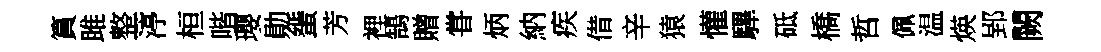
篔雎整渟桓喈瓔勛蜑芳裡鵠贈甞炳納疾借辛猿懽驆砥橋哲佩温煐郢闕